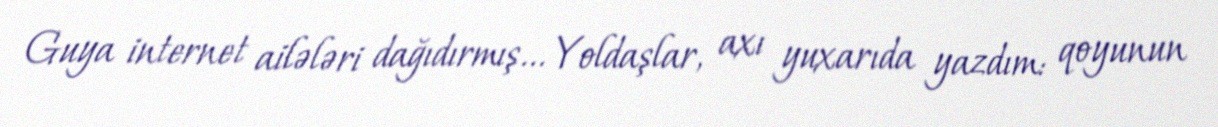
Guya internet ailələri dağıdırmış... Yoldaşlar, axı yuxarıda yazdım: qoyunun